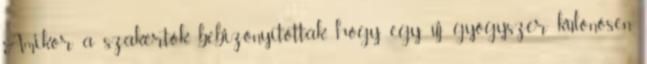
Amikor a szakértők bebizonyították, hogy egy új gyógyszer különösen